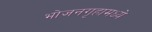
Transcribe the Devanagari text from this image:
भोजनगृहामध्ये